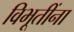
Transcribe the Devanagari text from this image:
विभूतींना